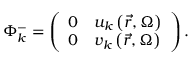
\Phi _ { k } ^ { - } = \left( { \begin{array} { l l } { { 0 } } & { { { u _ { k } \left( { \vec { r } , \Omega } \right) } } } \\ { { 0 } } & { { { v _ { k } \left( { \vec { r } , \Omega } \right) } } } \end{array} } \right) .